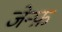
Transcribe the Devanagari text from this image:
जेन्फ़